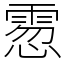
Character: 䨚